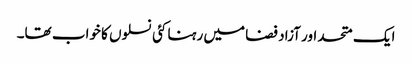
ایک متحد اور آزاد فضا میں رہنا کئی نسلوں کا خواب تھا۔